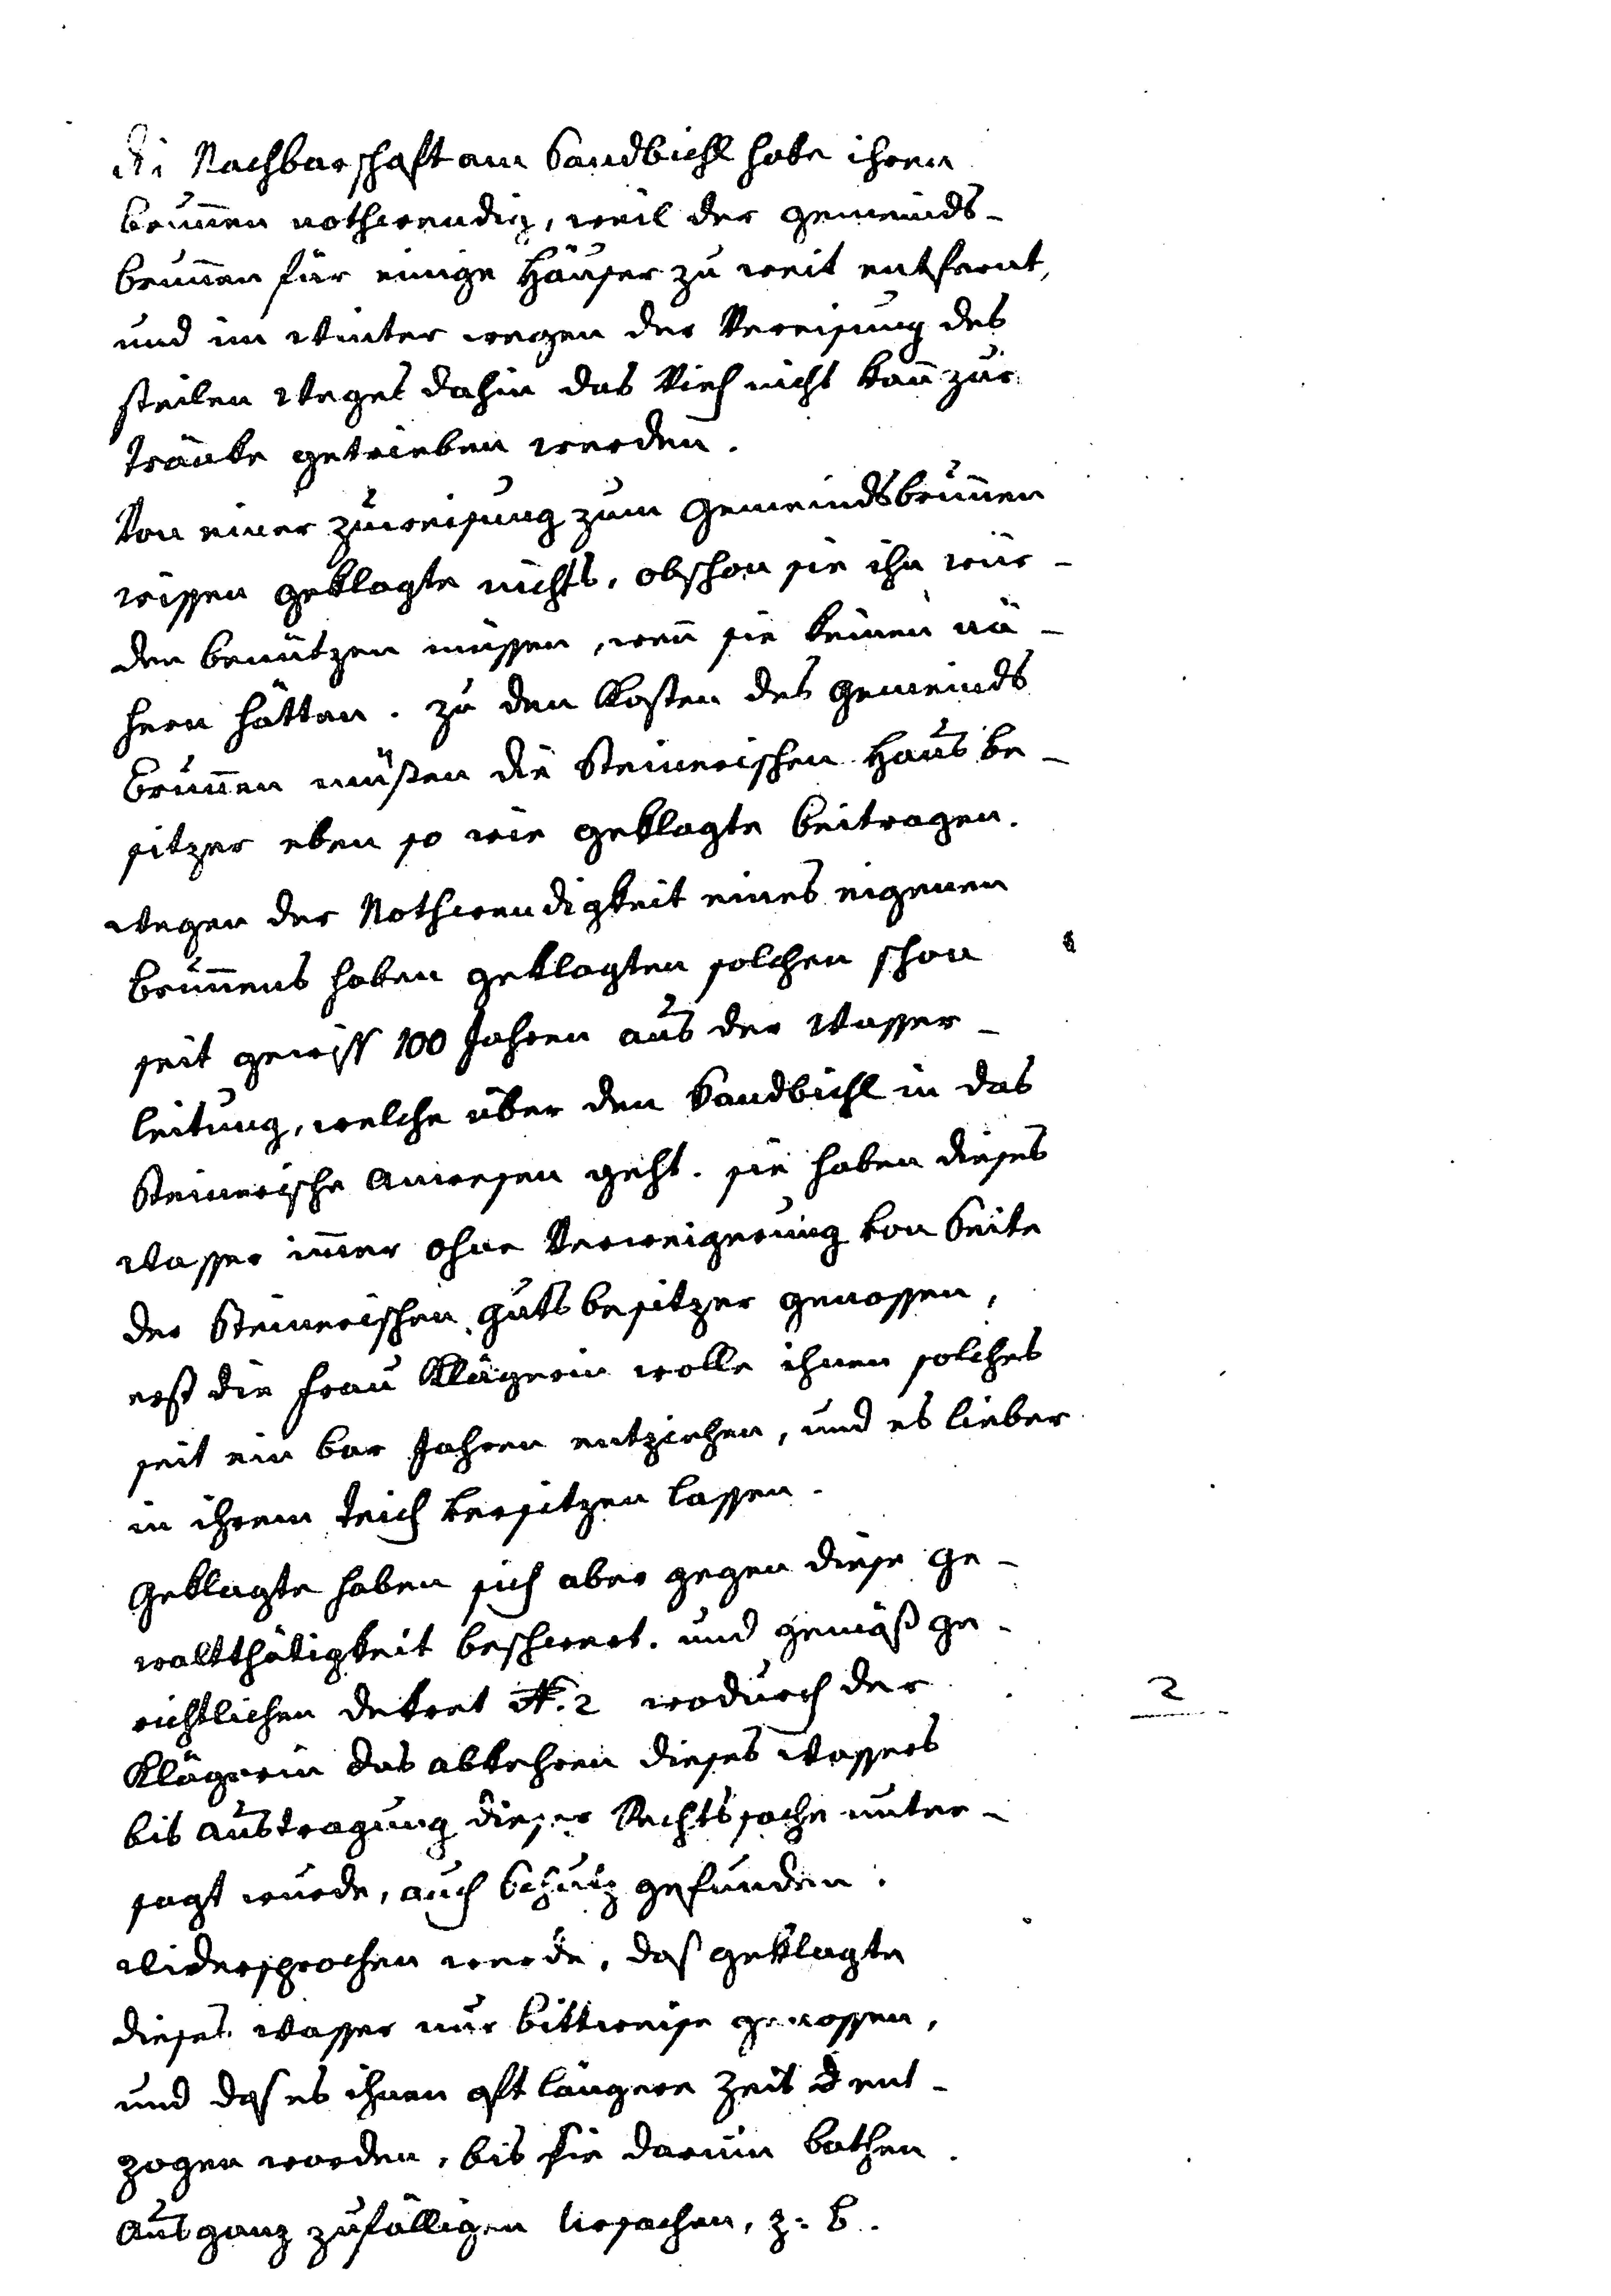
Die Nachbarschaft am Sandbichl habe ihren
Brunnen nothwendig, weil der Gemeinds¬
Brunnen für einige Häuser zu weit entfernt,
und im Winter wegen der Vereisung des
steilen Weges dahin das Vieh nicht kann zur
Tränke getrieben werden.
Von einer Zuweisung zum Gemeindsbrunnen
wissen Geklagte nichts, obschon sie ihn nur¬
dan benutzen müssen, wenn sie keinen nä¬
heren hätten. Zu den Kosten des Gemeinds
Brunnen müßen die steinerischen Hausbe¬
sitzer eben so wie Geklagte beitragen.
Wegen der Nothwendigkeit eines eigenen
Brunnens haben Geklagten solchen schon
seit gewiss 100 Jahren aus der Wasser¬
leitung, welche über den Sandbichl in das
steinerische Anwesen geht. Sie haben dieses
Wasser immer ohne Verweigerung von Seiten
des Steinerischen Gutsbesitzer genossen,
erst die Frau Klägerin wolle ihnen solches
seit ein bar Jahren entziehen, und es lieber
in ihrem Teich versitzen lassen.
Geklagte haben sich aber gegen diese Ge¬
waltthätigkeit beschwert, und gemäß ge¬
richtlichen Dekret N. 3 wodurch der
Klägerin das abkehren dieses Wassers
bis Austragung dieser Rechtssache unter¬
sagt wurde, auch Schutz gefunden.
Widersprochen werde, daß geklagte
dieses Wasser nur bittweise genossen,
und daß es ihnen oft längere Zeit ent¬
zogen worden, bis sie darum bathen.
Aus ganz zufälligen Ursachen, z. B.
2